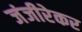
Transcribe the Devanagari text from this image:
जंजीरेकर